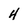
Character: 4